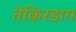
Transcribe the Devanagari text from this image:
तेकिरडाग